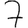
Digit: 7